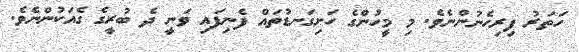
ހަތަރު ފިރިހެނުންނެވެ. މި މީހުންގެ ހަށިގަނޑުތައް ފެނިފައި ވަނީ ދެ ބުރީގެ ގެއަކުންނެވެ.